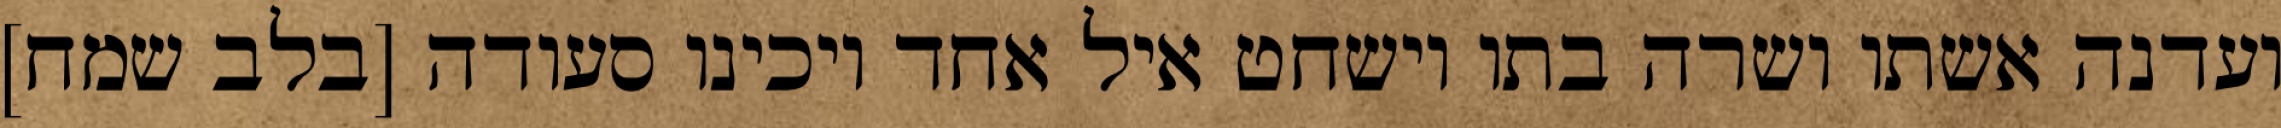
ועדנה אשתו ושרה בתו וישחט איל אחד ויכינו סעודה [בלב שמח]